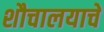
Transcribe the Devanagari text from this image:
शौचालयाचे